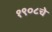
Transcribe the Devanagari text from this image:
१९०८चे